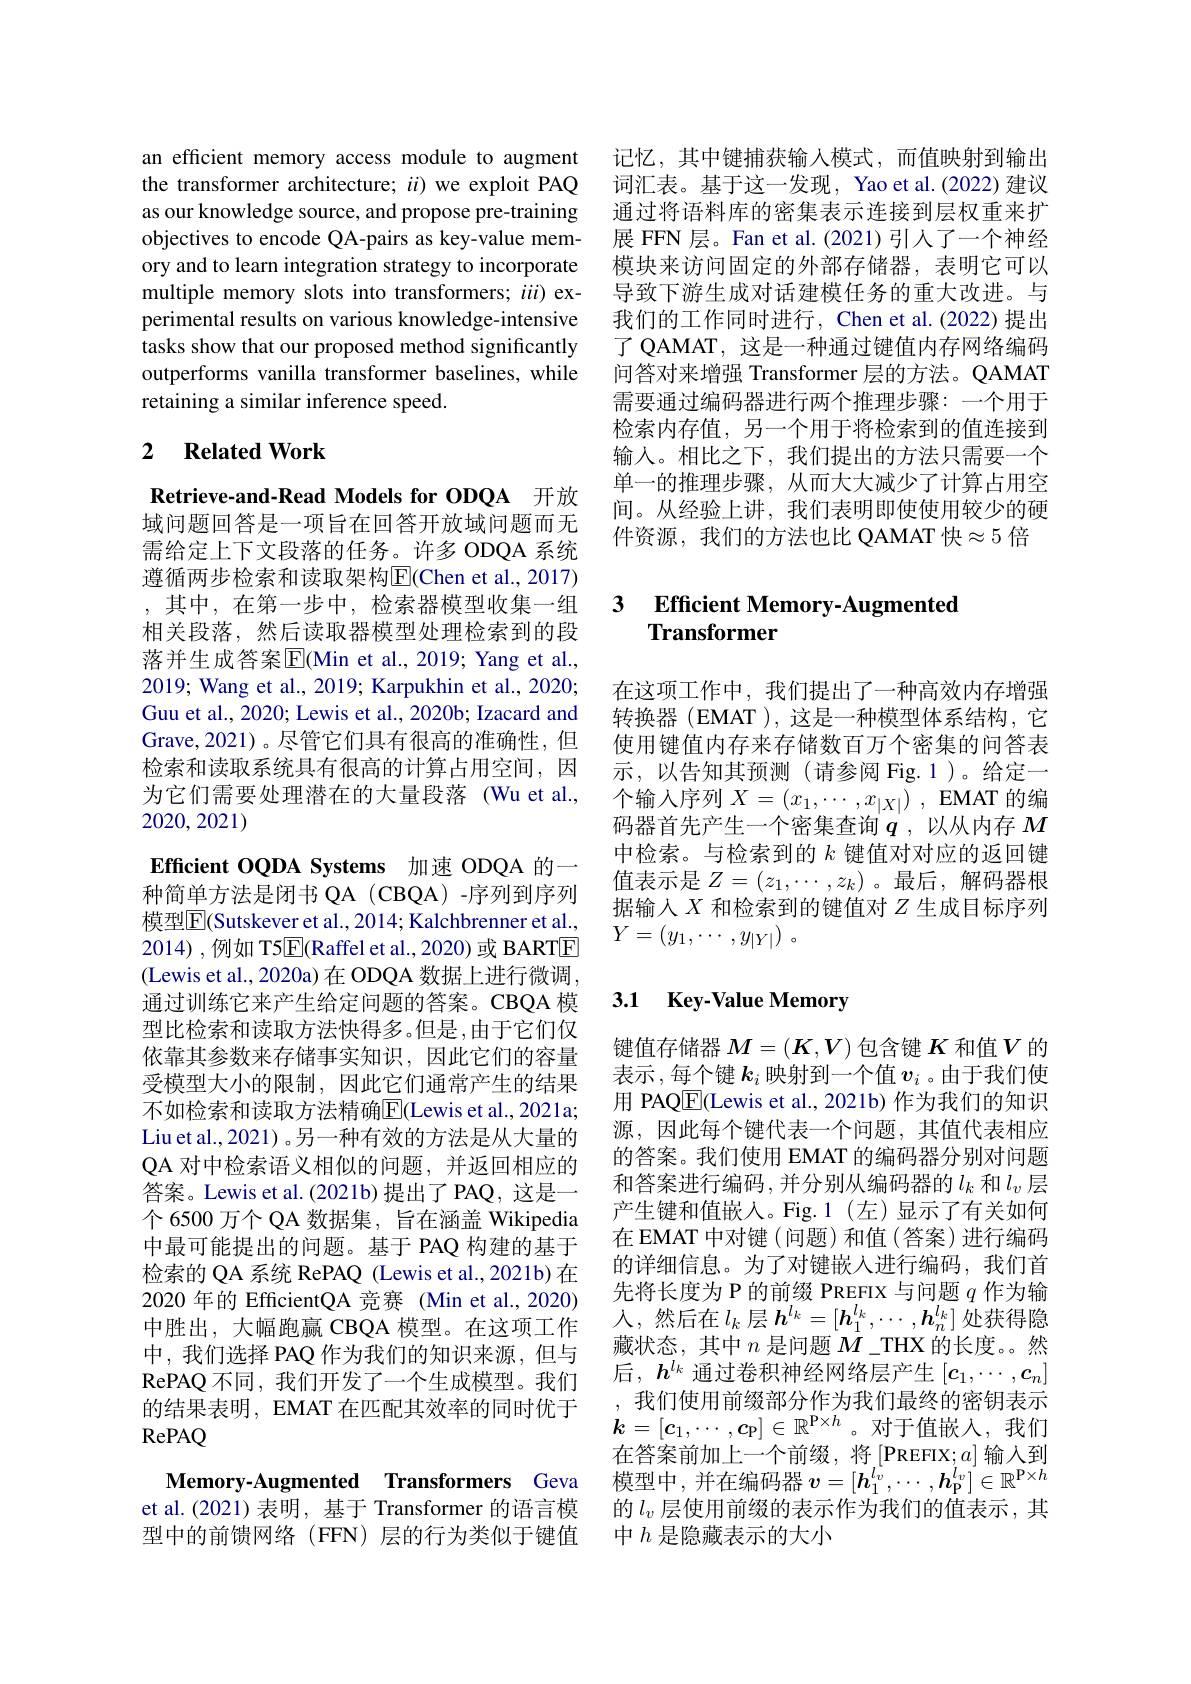
an efficient memory access module to augment the transformer architecture; $ii)$ we exploit PAQ as our knowledge source, and propose pre-training objectives to encode QA-pairs as key-value memory and to learn integration strategy to incorporate multiple memory slots into transformers; $iii)$ experimental results on various knowledge-intensive tasks show that our proposed method significantly outperforms vanilla transformer baselines, while retaining a similar inference speed.

## 2 $\textbf{Related Work}$

Retrieve-and-Read Models for ODQA 开放域问题回答是一项旨在回答开放域问题而无需给定上下文段落的任务。许多 ODQA 系统遵循两步检索和读取架构$\overline{\mathrm{E}}($Chen et al., 2017) , 其中，在第一步中，检索器模型收集一组相关段落，然后读取器模型处理检索到的段落并生成答案$\overline{\mathrm{E}}($Min et al.,2019; Yang et al., 2019; Wang et al., 2019; Karpukhin et al., 2020; Guu et al., 2020; Lewis et al., 2020b; Izacard and Grave,2021)。尽管它们具有很高的准确性，但检索和读取系统具有很高的计算占用空间，因为它们需要处理潜在的大量段落 (Wu et al., 2020,2021)

Efficient OQDA Systems 加速 ODQA 的一种简单方法是闭书 QA (CBQA)-序列到序列模型$\boxed{\mathrm{F}}($Sutskever et al., 2014; Kalchbrenner et al., 2014),例如 T5$\boxed{\mathrm{E}}$(Raffel et al.,2020)或 BARTE (Lewis et al., 2020a) 在 ODQA 数据上进行微调， 通过训练它来产生给定问题的答案。CBQA 模型比检索和读取方法快得多。但是，由于它们仅依靠其参数来存储事实知识，因此它们的容量受模型大小的限制，因此它们通常产生的结果不如检索和读取方法精确$\overline{\mathrm{E}}($Lewis et al., 2021a; Liu et al., 2021) 。另一种有效的方法是从大量的QA 对中检索语义相似的问题，并返回相应的答案。Lewis et al.(2021b) 提出了 PAQ, 这是一个 6500 万个 QA 数据集，旨在涵盖 Wikipedia 中最可能提出的问题。基于 PAQ 构建的基于检索的 QA 系统 RePAQ (Lewis et al.,2021b) 在2020 年的 EfficientQA 竞赛 (Min et al., 2020) 中胜出，大幅跑赢 CBQA 模型。在这项工作中，我们选择 PAQ 作为我们的知识来源，但与RePAQ 不同，我们开发了一个生成模型。我们的结果表明，EMAT 在匹配其效率的同时优于RePAQ

Memory-Augmented Transformers Geva et al.(2021)表明，基于 Transformer 的语言模型中的前馈网络(FFN)层的行为类似于键值

记忆，其中键捕获输入模式，而值映射到输出词汇表。基于这一发现，Yao et al.(2022)建议通过将语料库的密集表示连接到层权重来扩展 FFN 层。Fan et al.(2021)引人了一个神经模块来访问固定的外部存储器，表明它可以导致下游生成对话建模任务的重大改进。与我们的工作同时进行，Chen et al.(2022)提出了 QAMAT, 这是一种通过键值内存网络编码问答对来增强 Transformer 层的方法。QAMAT 需要通过编码器进行两个推理步骤：一个用于检索内存值，另一个用于将检索到的值连接到输入。相比之下，我们提出的方法只需要一个单一的推理步骤，从而大大减少了计算占用空间。从经验上讲，我们表明即使使用较少的硬件资源，我们的方法也比 QAMAT 快$\approx5$ 倍

### 3 $\textbf{Efficient Memory- Augmented}$ Transformer

在这项工作中，我们提出了一种高效内存增强转换器 (EMAT ), 这是一种模型体系结构，它使用键值内存来存储数百万个密集的问答表示，以告知其预测(请参阅 Fig.1)。给定一个输入序列$X=(x_1,\cdots,x_{|X|})$ , EMAT 的编码器首先产生一个密集查询$q$ ,以从内存$M$ 中检索。与检索到的$k$键值对对应的返回键值表示是$Z=(z_1,\cdots,z_k)$ 。最后，解码器根据输人$X$和检索到的键值对$Z$生成目标序列$Y= ( y_1, \cdots , y_{| Y| })$ 。

# 3.1 Key-Value Memory

键值存储器$M=(K,V)$包含键$K$和值$V$的表示，每个键$k_i$映射到一个值$v_i$ 。由于我们使用 PAQ$\underline{\mathrm{E}}($Lewis et al., 2021b) 作为我们的知识源，因此每个键代表一个问题，其值代表相应的答案。我们使用 EMAT 的编码器分别对问题和答案进行编码，并分别从编码器的$l_k$ 和$l_v$ 层产生键和值嵌入。Fig.1(左)显示了有关如何在 EMAT 中对键(问题)和值(答案)进行编码的详细信息。为了对键嵌入进行编码，我们首先将长度为 P 的前缀 PREFIX 与问题$q$作为输人，然后在$l_k$层$h^l_k=[\boldsymbol{h}_1^{l_k},\cdots,\boldsymbol{h}_n^{l_k}]$处获得隐藏状态，其中$n$是问题$\bar{M}\_$THX 的长度。然后，$h^{l_k}$通过卷积神经网络层产生$[c_1,\cdots,c_n]$
我们使用前缀部分作为我们最终的密钥表示$k=[c_1,\cdots,c_{\mathrm{p}}]\in\mathbb{R}^{\mathrm{P\times h}}$。对于值嵌入，我们在答案前加上一个前缀，将$\left[\mathrm{PREFIX;}a\right]$输入到模 型 中 , 并 在 编 码 器 $v= [ \boldsymbol{h}_1^{l_v}, \cdots , \boldsymbol{h}_{\mathrm{P} }^{l_v}] \in \mathbb{R} ^{\mathrm{P\times h}}$ 的$l_v$层使用前缀的表示作为我们的值表示，其中$h$是隐藏表示的大小